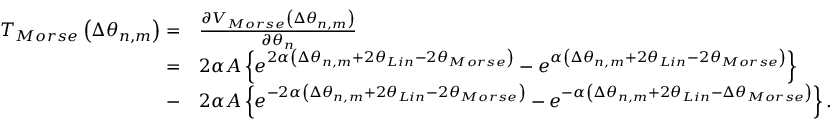
\begin{array} { r l } { { { T } _ { M o r s e } } \left( \Delta { { \theta } _ { n , m } } \right) = } & { \frac { \partial { { V } _ { M o r s e } } \left( \Delta { { \theta } _ { n , m } } \right) } { \partial { { \theta } _ { n } } } } \\ { = } & { 2 \alpha A \left\{ { { e } ^ { 2 \alpha \left( \Delta { { \theta } _ { n , m } } + 2 { { \theta } _ { L i n } } - 2 \theta _ { M o r s e } \right) } } - { { e } ^ { \alpha \left( \Delta { { \theta } _ { n , m } } + 2 { { \theta } _ { L i n } } - 2 \theta _ { M o r s e } \right) } } \right\} } \\ { - } & { 2 \alpha A \left\{ { { e } ^ { - 2 \alpha \left( \Delta { { \theta } _ { n , m } } + 2 { { \theta } _ { L i n } } - 2 \theta _ { M o r s e } \right) } } - { { e } ^ { - \alpha \left( \Delta { { \theta } _ { n , m } } + 2 { { \theta } _ { L i n } } - \Delta \theta _ { M o r s e } \right) } } \right\} . } \end{array}